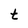
Character: t